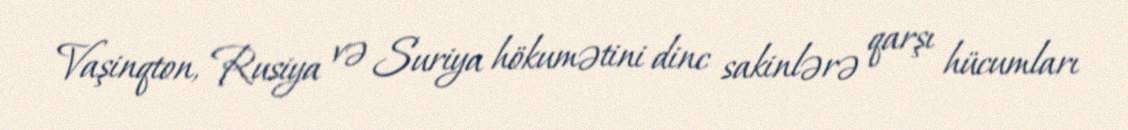
Vaşinqton, Rusiya və Suriya hökumətini dinc sakinlərə qarşı hücumları